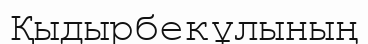
Қыдырбекұлының